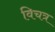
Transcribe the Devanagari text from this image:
विचत्र